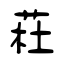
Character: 荰